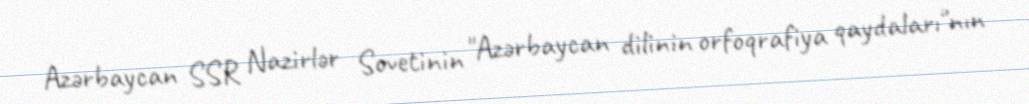
Azərbaycan SSR Nazirlər Sovetinin "Azərbaycan dilinin orfoqrafiya qaydaları"nın